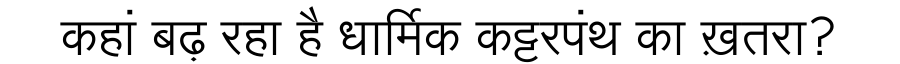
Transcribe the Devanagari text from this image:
कहां बढ़ रहा है धार्मिक कट्टरपंथ का ख़तरा?